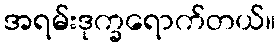
အရမ်းဒုက္ခရောက်တယ်။